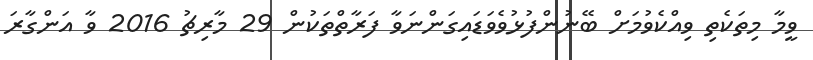
ވީމާ މިތަކެތި ވިއްކެވުމަށް ބޭނުންފުޅުވެވަޑައިގަންނަވާ ފަރާތްތަކުން 29 މާރިޗު 2016 ވާ އަންގާރަ